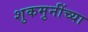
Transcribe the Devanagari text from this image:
शुकमुनींच्या